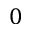
0